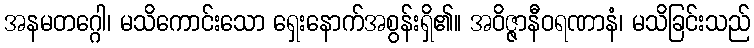
အနမတဂ္ဂေါ၊ မသိကောင်းသော ရှေးနောက်အစွန်းရှိ၏။ အဝိဇ္ဇာနီဝရဏာနံ၊ မသိခြင်းသည်